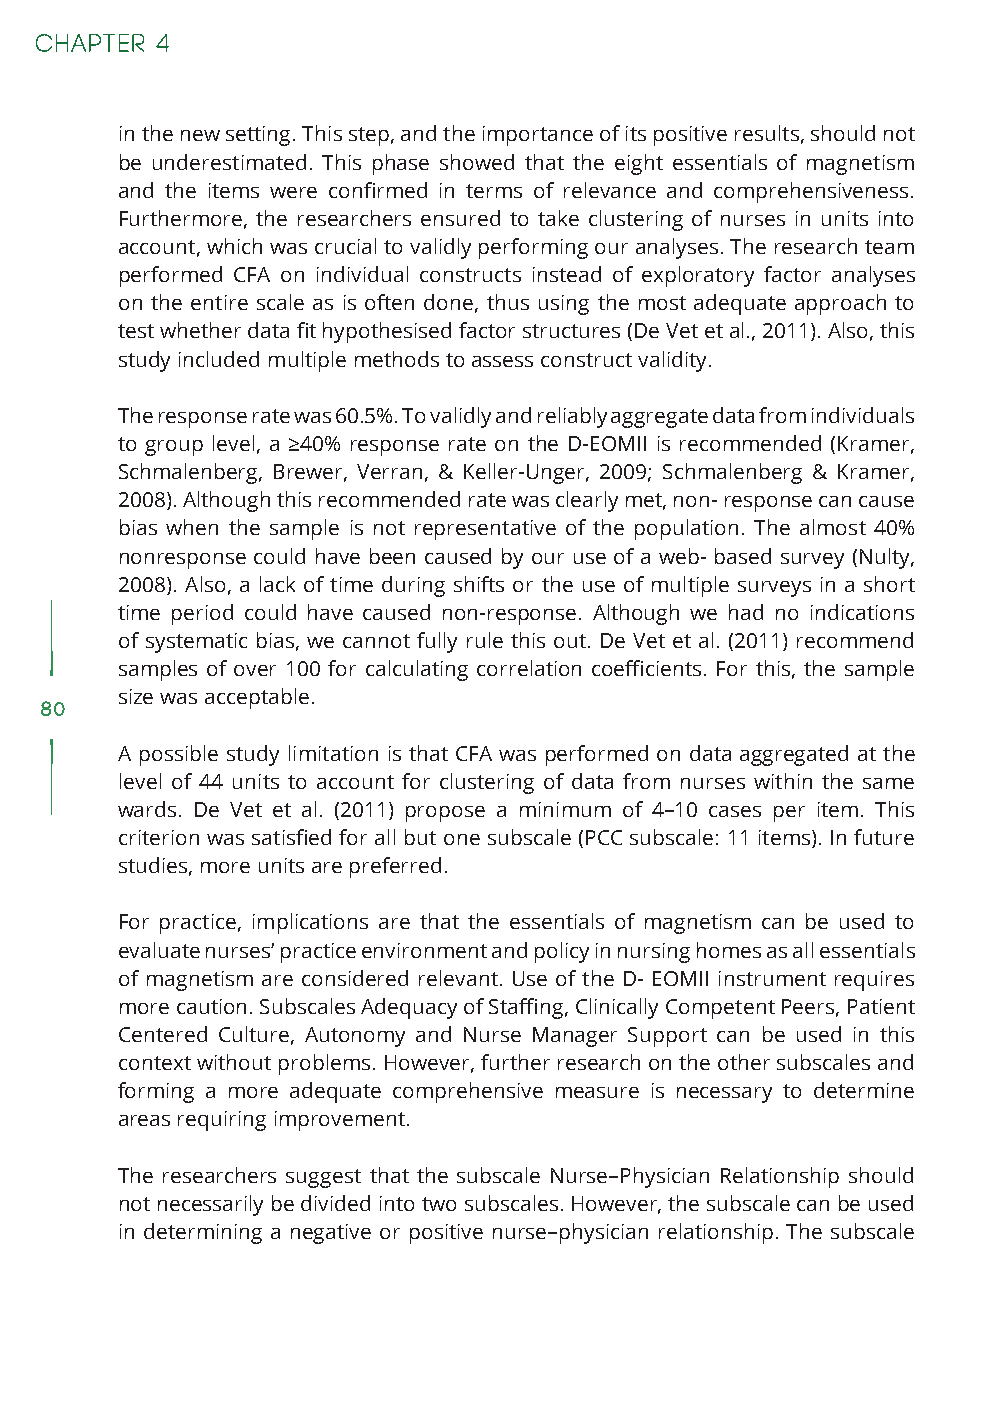
in the new setting. This step, and the importance of its positive results, should not
 be underestimated. This phase showed that the eight essentials of magnetism
 and the items were confirmed in terms of relevance and comprehensiveness.
 Furthermore, the researchers ensured to take clustering of nurses in units into
 account, which was crucial to validly performing our analyses. The research team
 performed CFA on individual constructs instead of exploratory factor analyses
 on the entire scale as is often done, thus using the most adequate approach to
 test whether data fit hypothesised factor structures (De Vet et al., 2011). Also, this
 study included multiple methods to assess construct validity.
 The response rate was 60.5%. To validly and reliably aggregate data from individuals
 to group level, a ≥40% response rate on the D-EOMII is recommended (Kramer,
 Schmalenberg, Brewer, Verran, & Keller-Unger, 2009; Schmalenberg & Kramer,
 2008). Although this recommended rate was clearly met, non- response can cause
 bias when the sample is not representative of the population. The almost 40%
 nonresponse could have been caused by our use of a web- based survey (Nulty,
 2008). Also, a lack of time during shifts or the use of multiple surveys in a short
 time period could have caused non-response. Although we had no indications
 of systematic bias, we cannot fully rule this out. De Vet et al. (2011) recommend
 samples of over 100 for calculating correlation coefficients. For this, the sample
 size was acceptable.
 80
 A possible study limitation is that CFA was performed on data aggregated at the
 level of 44 units to account for clustering of data from nurses within the same
 wards. De Vet et al. (2011) propose a minimum of 4–10 cases per item. This
 criterion was satisfied for all but one subscale (PCC subscale: 11 items). In future
 studies, more units are preferred.
 For practice, implications are that the essentials of magnetism can be used to
 evaluate nurses’ practice environment and policy in nursing homes as all essentials
 of magnetism are considered relevant. Use of the D- EOMII instrument requires
 more caution. Subscales Adequacy of Staffing, Clinically Competent Peers, Patient
 Centered Culture, Autonomy and Nurse Manager Support can be used in this
 context without problems. However, further research on the other subscales and
 forming a more adequate comprehensive measure is necessary to determine
 areas requiring improvement.
 The researchers suggest that the subscale Nurse–Physician Relationship should
 not necessarily be divided into two subscales. However, the subscale can be used
 in determining a negative or positive nurse–physician relationship. The subscale